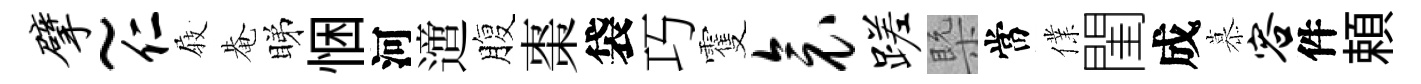
擘~仁𡲆𤲅睇悃河𨗁腹棗袋巧䨥衾蹉槩當㒒閨成慕容件頼